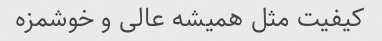
کیفیت مثل همیشه عالی و خوشمزه